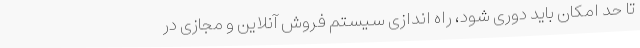
تا حد امکان باید دوری شود، راه اندازی سیستم فروش آنلاین و مجازی در